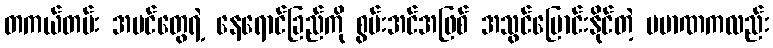
တကယ်တမ်း အပင်တွေရဲ့ နေရောင်ခြည်ကို စွမ်းအင်အဖြစ် အသွင်ပြောင်းနိုင်တဲ့ ပမာဏကလည်း